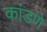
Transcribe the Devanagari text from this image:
कांडणे